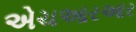
એચઆરઆર